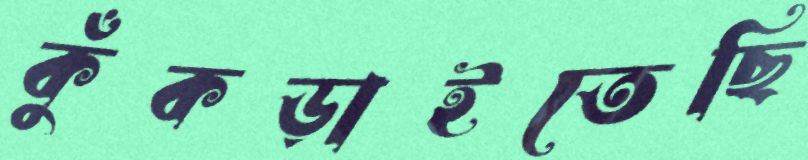
কুঁকড়াইতেছি